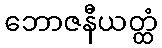
ဘောဇနီယတ္ထံ